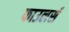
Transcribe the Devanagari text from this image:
फाउलर्स